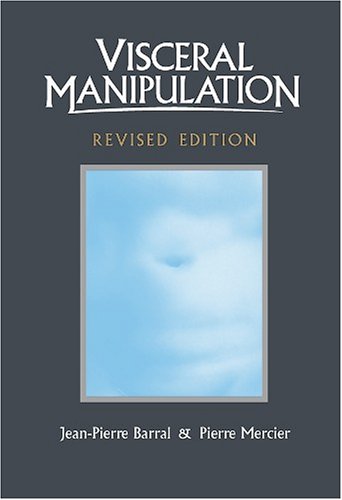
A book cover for Visceral Manipulation (Revised Edition); Jean-Pierre Barral; Medical Books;